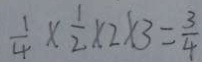
\frac { 1 } { 4 } \times \frac { 1 } { 2 } \times 2 \times 3 = \frac { 3 } { 4 }